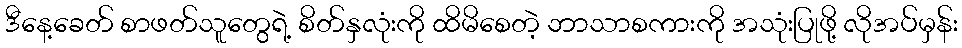
ဒီနေ့ခေတ် စာဖတ်သူတွေရဲ့ စိတ်နှလုံးကို ထိမိစေတဲ့ ဘာသာစကားကို အသုံးပြုဖို့ လိုအပ်မှန်း